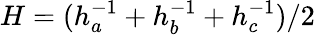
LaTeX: H=(h_{a}^{-1}+h_{b}^{-1}+h_{c}^{-1})/2